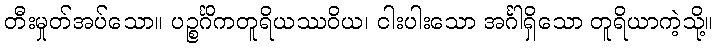
တီးမှုတ်အပ်သော။ ပဉ္စင်္ဂိကတူရိယဿဝိယ၊ ငါးပါးသော အင်္ဂါရှိသော တူရိယာကဲ့သို့။